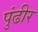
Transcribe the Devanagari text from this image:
पुंढीर